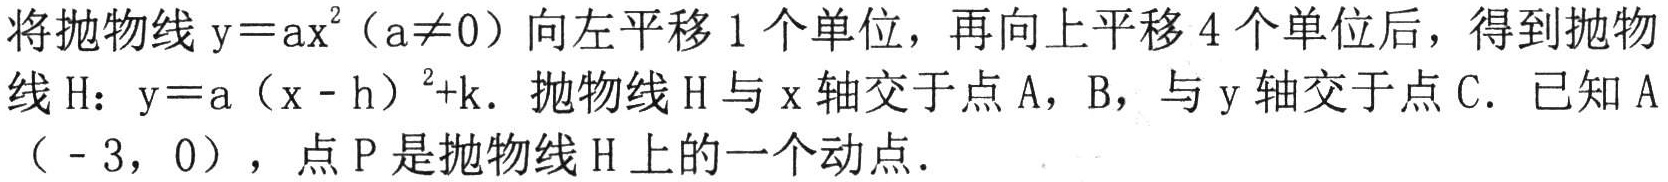
将抛物线\(y = ax^{2}(a\neq0)\)向左平移\(1\)个单位，再向上平移\(4\)个单位后，得到抛物线\(H\)：\(y = a(x - h)^{2}+k\). 抛物线\(H\)与\(x\)轴交于点\(A\)，\(B\)，与\(y\)轴交于点\(C\). 已知\(A(-3,0)\)，点\(P\)是抛物线\(H\)上的一个动点.